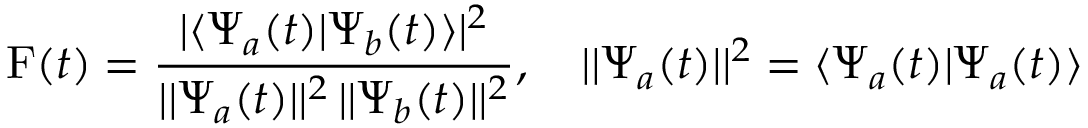
\mathrm { F } ( t ) = \frac { \vert \langle \Psi _ { a } ( t ) \vert \Psi _ { b } ( t ) \rangle \vert ^ { 2 } } { \vert \vert \Psi _ { a } ( t ) \vert \vert ^ { 2 } \, \vert \vert \Psi _ { b } ( t ) \vert \vert ^ { 2 } } , \quad \vert \vert \Psi _ { a } ( t ) \vert \vert ^ { 2 } = \langle \Psi _ { a } ( t ) \vert \Psi _ { a } ( t ) \rangle